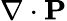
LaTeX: \nabla\cdot\mathbf{P}